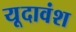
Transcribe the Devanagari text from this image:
यूदावंश